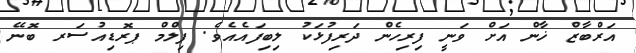
އަރްބާޒް ޚާން އަށް ވަނީ ފިރިހެން ދަރިފުޅަކު ލިބިފައެއެވެ. ފިލްމް ޕރޮޑިއުސަރ ބޮނޭ